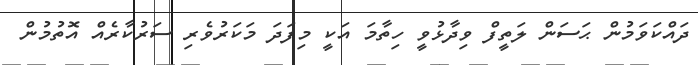
ދައްކަވަމުން ޙަސަން ލަތީފް ވިދާޅުވީ ހިތާމަ އަކީ މިފަދަ މަކަރުވެރި ސަރުކާރެއް އޮތުމުން